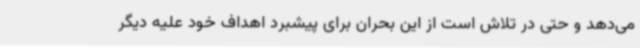
می‌دهد و حتی در تلاش است از این بحران برای پیشبرد اهداف خود علیه دیگر